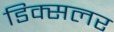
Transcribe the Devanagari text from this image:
डिक्सलर